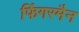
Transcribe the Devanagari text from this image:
फिंगरमैन